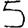
Digit: 5